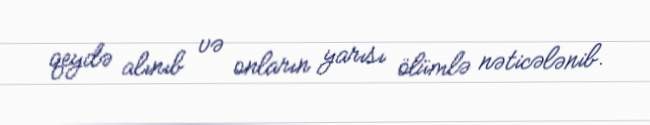
qeydə alınıb və onların yarısı ölümlə nəticələnib.